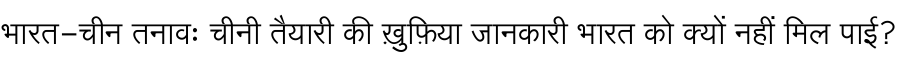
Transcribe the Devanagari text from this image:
भारत-चीन तनावः चीनी तैयारी की ख़ुफ़िया जानकारी भारत को क्यों नहीं मिल पाई?